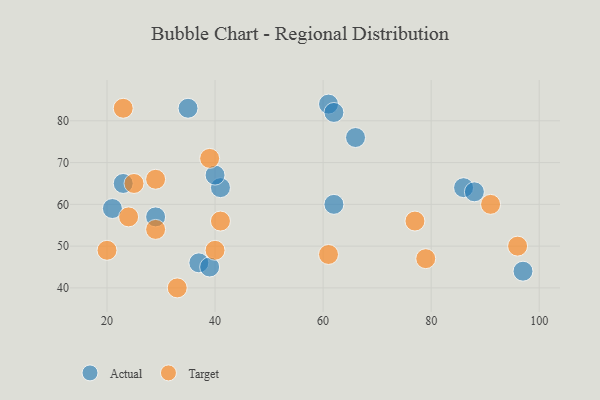
{"axis": {"x": "GDP", "y": "Life Expectancy"}, "legend": ["Actual", "Target"], "data": [{"x": "37", "y": 46, "type": "Actual"}, {"x": "23", "y": 65, "type": "Actual"}, {"x": "97", "y": 44, "type": "Actual"}, {"x": "61", "y": 84, "type": "Actual"}, {"x": "86", "y": 64, "type": "Actual"}, {"x": "35", "y": 83, "type": "Actual"}, {"x": "41", "y": 64, "type": "Actual"}, {"x": "39", "y": 45, "type": "Actual"}, {"x": "21", "y": 59, "type": "Actual"}, {"x": "62", "y": 82, "type": "Actual"}, {"x": "40", "y": 67, "type": "Actual"}, {"x": "66", "y": 76, "type": "Actual"}, {"x": "62", "y": 60, "type": "Actual"}, {"x": "88", "y": 63, "type": "Actual"}, {"x": "29", "y": 57, "type": "Actual"}, {"x": "29", "y": 54, "type": "Target"}, {"x": "39", "y": 71, "type": "Target"}, {"x": "25", "y": 65, "type": "Target"}, {"x": "24", "y": 57, "type": "Target"}, {"x": "33", "y": 40, "type": "Target"}, {"x": "29", "y": 66, "type": "Target"}, {"x": "40", "y": 49, "type": "Target"}, {"x": "77", "y": 56, "type": "Target"}, {"x": "20", "y": 49, "type": "Target"}, {"x": "41", "y": 56, "type": "Target"}, {"x": "23", "y": 83, "type": "Target"}, {"x": "91", "y": 60, "type": "Target"}, {"x": "96", "y": 50, "type": "Target"}, {"x": "79", "y": 47, "type": "Target"}, {"x": "61", "y": 48, "type": "Target"}]}